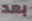
بعد